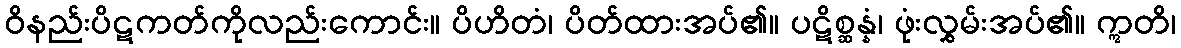
ဝိနည်းပိဋကတ်ကိုလည်းကောင်း။ ပိဟိတံ၊ ပိတ်ထားအပ်၏။ ပဋိစ္ဆန္နံ၊ ဖုံးလွှမ်းအပ်၏။ ဣတိ၊